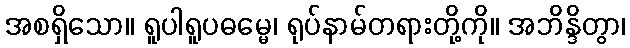
အစရှိသော။ ရူပါရူပဓမ္မေ၊ ရုပ်နာမ်တရားတို့ကို။ အဘိန္ဒိတွာ၊